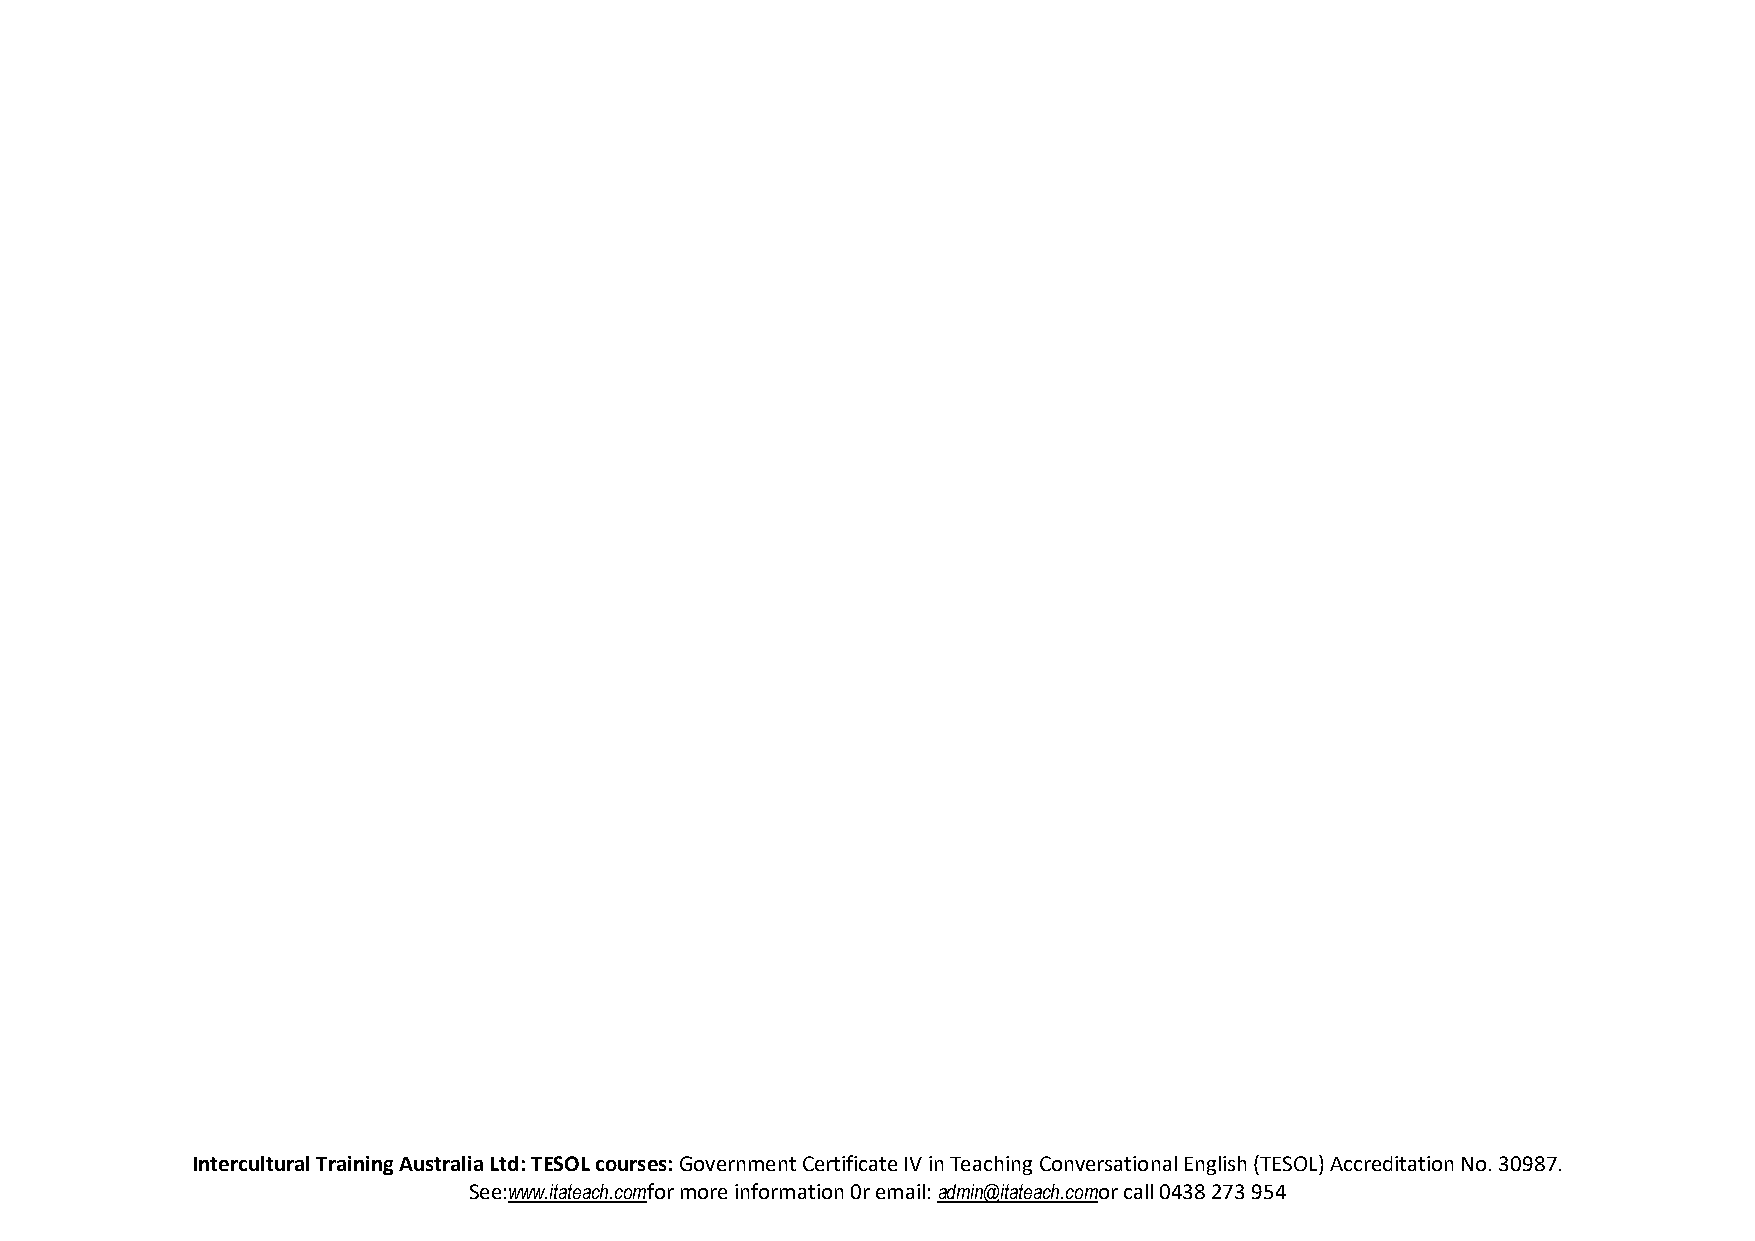
Intercultural Training Australia Ltd: TESOL courses: Government Certificate IV in Teaching Conversational English (TESOL) Accreditation No. 30987.
 See:www.itateach.comfor more information 0r email: admin@itateach.comor call 0438 273 954